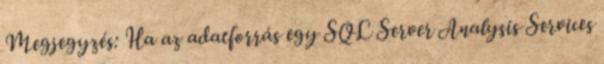
Megjegyzés: Ha az adatforrás egy SQL Server Analysis Services